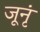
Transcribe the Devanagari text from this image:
जूनृं